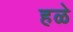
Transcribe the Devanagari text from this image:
हळे